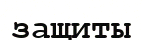
защиты